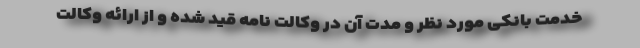
خدمت بانکی مورد نظر و مدت آن در وکالت نامه قید شده و از ارائه وکالت